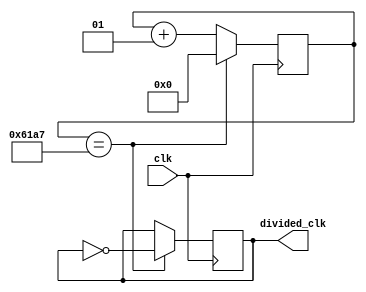
`timescale 1ns / 1ps
//////////////////////////////////////////////////////////////////////////////////
// Company: 
// Engineer: 
// 
// Design Name: 
// Module Name:    clock_divider 
// Project Name: 
// Target Devices: 
// Tool versions: 
// Description: counter based clock divider
//
// Dependencies: 
//
// Revision: 
// Revision 0.01 - File Created
// Additional Comments: 
//
//////////////////////////////////////////////////////////////////////////////////
module clock_divider #(parameter div_val = 24999)( // make div_val global
input wire clk, 				// 50Mhz clk
output reg divided_clk = 0	// 1hz => 0.5 sec on 0.5 sec off
    );
	 
// f = 50Mhz T=1/50Mhz 
// I want a 1ms - 4ms period to display each sseg display. 4ms per anode starts to show flicking so I use 1ms
// so for 1ms take 1ms/T == div_val == 0.001/0.00000002 == 50000 - 1 (because counting is zero based)
//localparam div_val = 49999;  

// counter
integer counter_value = 0;  // 32bit wide register bus
always@ (posedge clk)
begin
	if(counter_value == div_val)
		counter_value <= 0; // reset the counter
	else
		counter_value <= counter_value + 1;
end

// dividee the clk
always@ (posedge clk)
begin
	if(counter_value == div_val)
		divided_clk <= ~divided_clk;	// flip the divided_clk
	else
		divided_clk <= divided_clk;	// don't flip the divided clk
end

endmodule